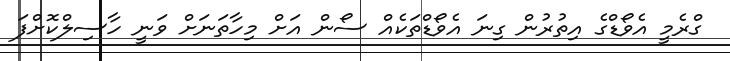
ގްރެމީ އެވޯޑްގެ އިތުރުން ގިނަ އެވޯޑްތަކެއް ސޯން އަށް މިހާތަނަށް ވަނީ ހާސިލްކޮށްފަ